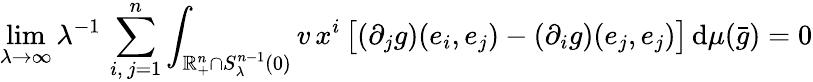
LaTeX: \operatorname*{lim}_{\lambda\to\infty}\lambda^{-1}\, \sum_{i,\, j=1}^{n}\int_{\mathbb{R}_{+}^{n}\cap{S}_{\lambda}^{n-1}(0)}v\, x^{i}\, \big[(\partial_{j}g)(e_{i},e_{j})-(\partial_{i}g)(e_{j},e_{j})\big]\, \mathrm{d}\mu(\bar{g})=0